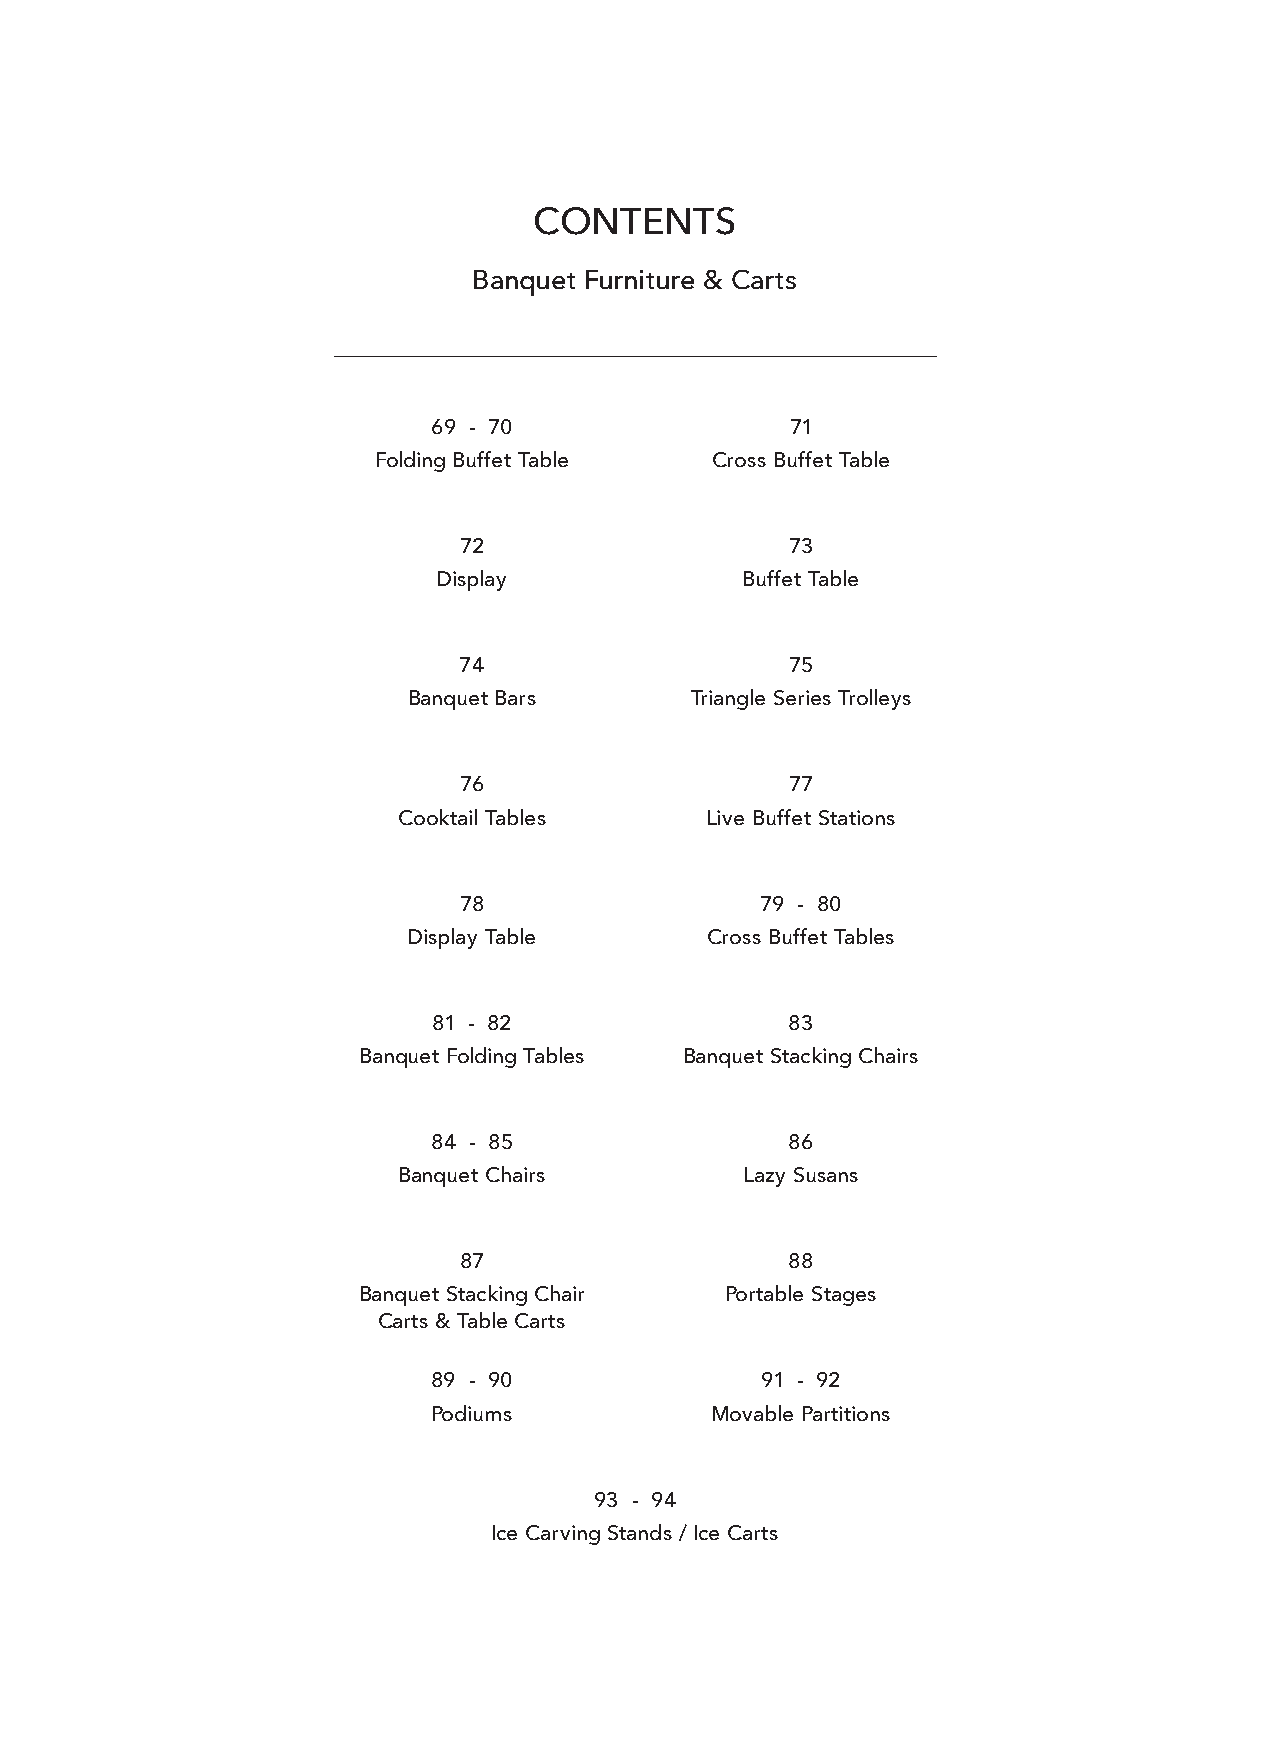
CONTENTS
 Banquet Furniture & Carts
 69 - 70                71
 Folding Buffet Table  Cross Buffet Table
 72                    73
 Display             Buffet Table
 74                    75
 Banquet Bars       Triangle Series Trolleys
 76                    77
 Cooktail Tables      Live Buffet Stations
 78                  79 - 80
 Display Table       Cross Buffet Tables
 81 - 82                83
 Banquet Folding Tables Banquet Stacking Chairs
 84 - 85                86
 Banquet Chairs         Lazy Susans
 87                    88
 Banquet Stacking Chair  Portable Stages
 Carts & Table Carts
 89 - 90              91 - 92
 Podiums           Movable Partitions
 93 - 94
 Ice Carving Stands / Ice Carts